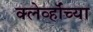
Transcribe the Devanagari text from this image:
क्लेर्व्हॉच्या